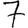
Digit: 7